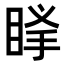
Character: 𥆶